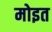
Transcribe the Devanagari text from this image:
मोइत